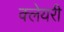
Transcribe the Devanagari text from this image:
क्लेयरी